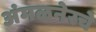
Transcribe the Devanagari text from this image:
अंमळनेरचे